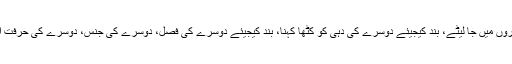
بند کیجیئے ایسی حکمت کو جو اپنے نسخے سینے میں دفن کر کے قبروں میں جا لیٹے، بند کیجیئے دوسرے کی دہی کو کٹھا کہنا، بند کیجیئے دوسرے کی فصل، دوسرے کی جنس، دوسرے کی حرفت اور صنعت کو چھوٹا ثابت کر کے اپنے آگے بڑھنے کی کوشش کرنا۔